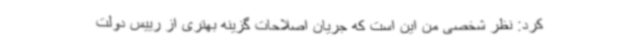
کرد: نظر شخصی من این است که جریان اصلاحات گزینه بهتری از رییس دولت